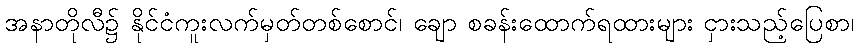
အနာတိုလီ၌ နိုင်ငံကူးလက်မှတ်တစ်စောင်၊ ချော စခန်းထောက်ရထားများ ငှားသည့်ပြေစာ၊